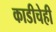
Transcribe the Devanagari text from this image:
काडीचेही